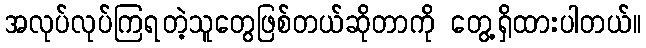
အလုပ်လုပ်ကြရတဲ့သူတွေဖြစ်တယ်ဆိုတာကို တွေ့ရှိထားပါတယ်။